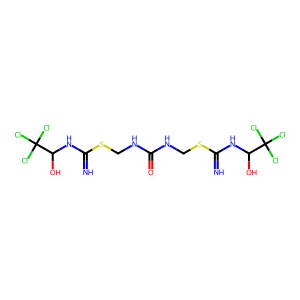
SMILES: N=C(NC(O)C(Cl)(Cl)Cl)SCNC(=O)NCSC(=N)NC(O)C(Cl)(Cl)Cl
Inhibits HIV replication: No